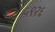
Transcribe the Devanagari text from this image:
५९२६